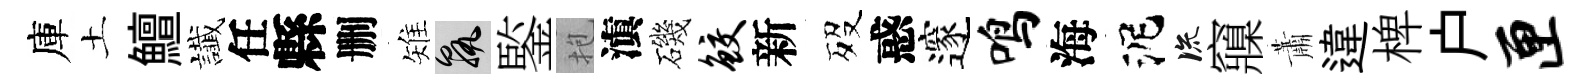
庫土鱣䜟任縣删雉孰鍳抱滇磯鲛新歿惑邃鸣海泥流䆿蕭違椑户匣